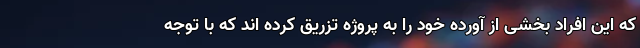
که این افراد بخشی از آورده خود را به پروژه تزریق کرده اند که با توجه